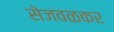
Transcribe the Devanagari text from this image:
सेजवळकर